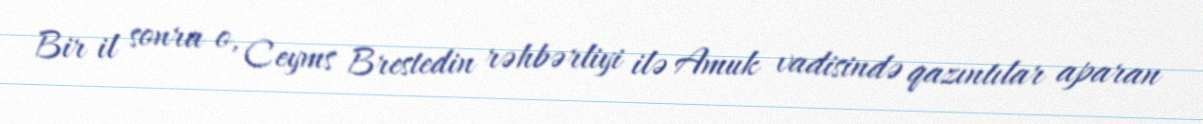
Bir il sonra o, Ceyms Brestedin rəhbərliyi ilə Amuk vadisində qazıntılar aparan